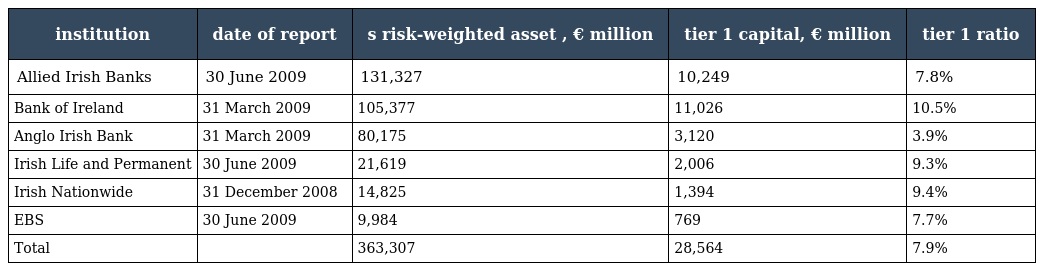
| institution | date of report | s risk-weighted asset , € million | tier 1 capital, € million | tier 1 ratio |
 | --- | --- | --- | --- | --- |
 | Allied Irish Banks | 30 June 2009 | 131,327 | 10,249 | 7.8% |
 | Bank of Ireland | 31 March 2009 | 105,377 | 11,026 | 10.5% |
 | Anglo Irish Bank | 31 March 2009 | 80,175 | 3,120 | 3.9% |
 | Irish Life and Permanent | 30 June 2009 | 21,619 | 2,006 | 9.3% |
 | Irish Nationwide | 31 December 2008 | 14,825 | 1,394 | 9.4% |
 | EBS | 30 June 2009 | 9,984 | 769 | 7.7% |
 | Total |  | 363,307 | 28,564 | 7.9% |